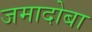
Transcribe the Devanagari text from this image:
जमादोबा